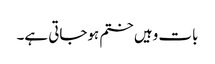
بات وہیں ختم ہوجاتی ہے۔